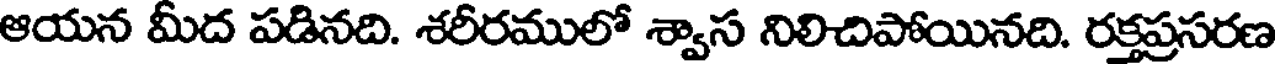
ఆయన మీద పడినది. శరీరములో శ్వాస నిలిచిపోయినది. రక్తప్రసరణ